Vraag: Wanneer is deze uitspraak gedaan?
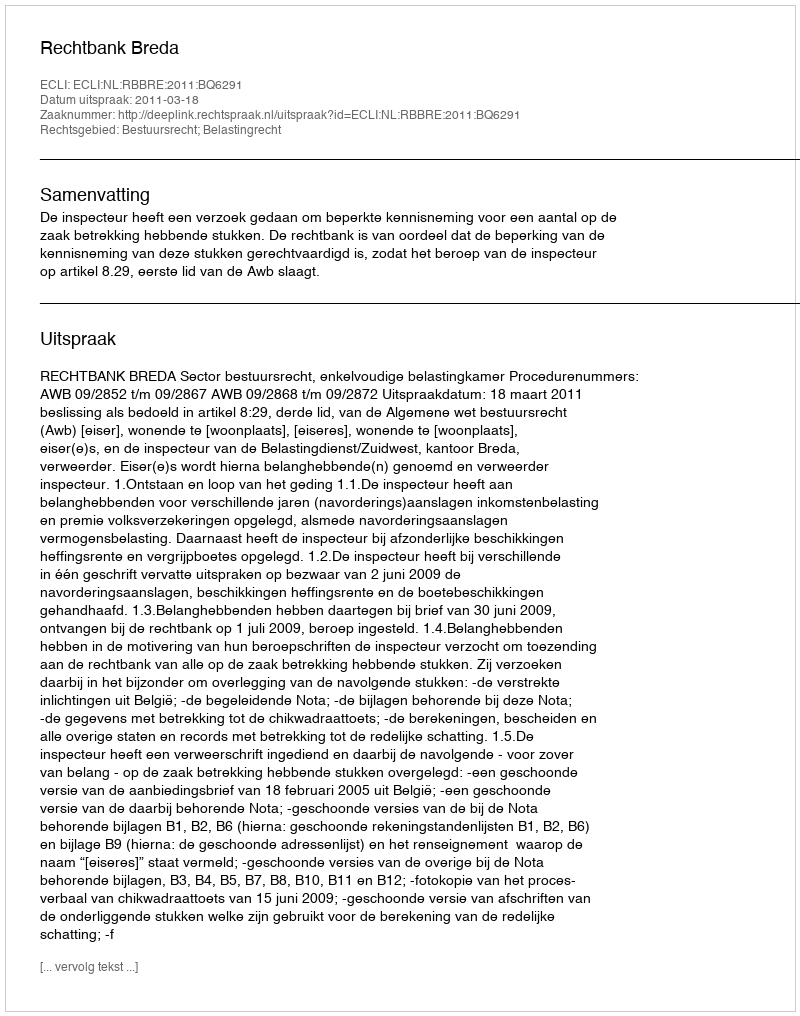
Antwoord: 2011-03-18